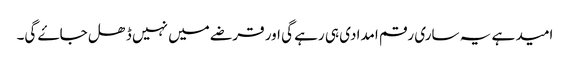
امید ہے یہ ساری رقم امدادی ہی رہے گی اور قرضے میں نہیں ڈھل جاۓ گی۔